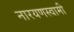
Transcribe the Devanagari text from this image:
नारयणस्वामी